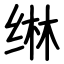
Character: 𬘭